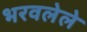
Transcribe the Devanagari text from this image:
भरवलेले